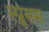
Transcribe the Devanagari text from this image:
स्प्रुसस